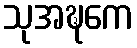
သုအဍ္ဎကေ